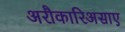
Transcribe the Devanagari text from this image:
अरौकारिअसाए